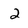
Character: 2